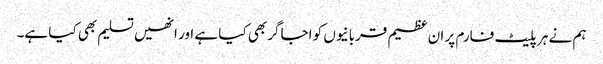
ہم نے ہر پلیٹ فارم پر ان عظیم قربانیوں کو اجاگر بھی کیا ہے اور انھیں تسلیم بھی کیا ہے۔